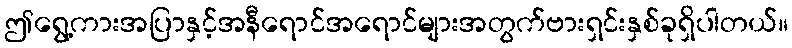
ဤရွေ့ကားအပြာနှင့်အနီရောင်အရောင်များအတွက်ဗားရှင်းနှစ်ခုရှိပါတယ်။